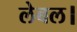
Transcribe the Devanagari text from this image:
लेबल।